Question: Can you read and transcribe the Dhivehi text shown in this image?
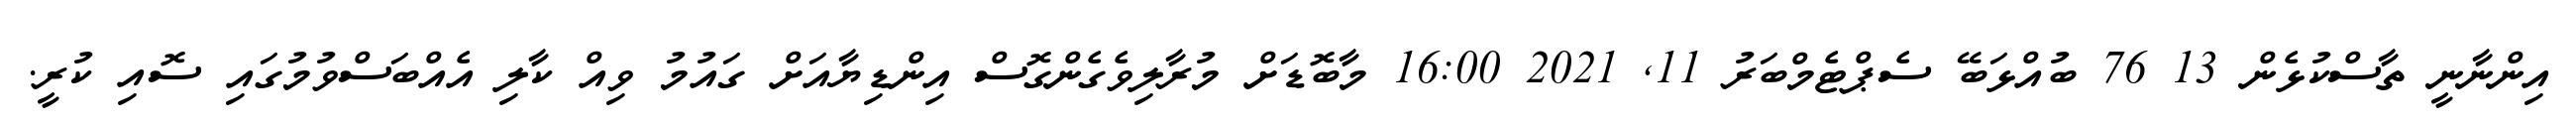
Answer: އިންނާނީ ތާސްކުޅެން 13 76 ބުއްޅަބޭ ސެޕްޓެމްބަރު 11, 2021 16:00 މާބޮޑަށް މުރާލިވެގެންގޮސް އިންޑިޔާއަށް ގައުމު ވިއް ކާލި އެއްބަސްވުމުގައި ސޮއި ކުރީ.